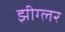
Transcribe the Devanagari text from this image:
झीग्लर